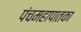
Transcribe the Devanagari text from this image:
पंचमहापातका